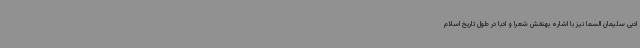
ادبی سلیمان السما نیز با اشاره بهنقش شعرا و ادبا در طول تاریخ اسلام